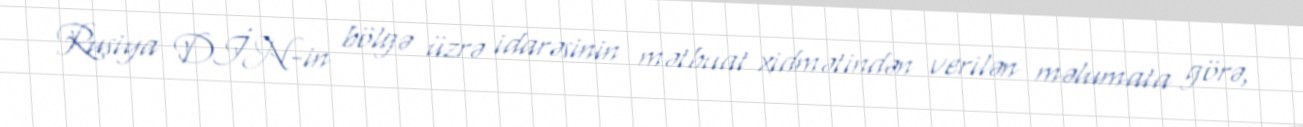
Rusiya DİN-in bölgə üzrə idarəsinin mətbuat xidmətindən verilən məlumata görə,